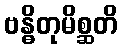
ဗန္ဓိတုမိစ္ဆတိ